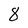
Character: 8